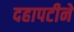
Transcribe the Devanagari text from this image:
दहापटीने